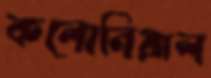
কলোনিয়াল